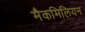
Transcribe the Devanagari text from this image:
मैकमिलियन